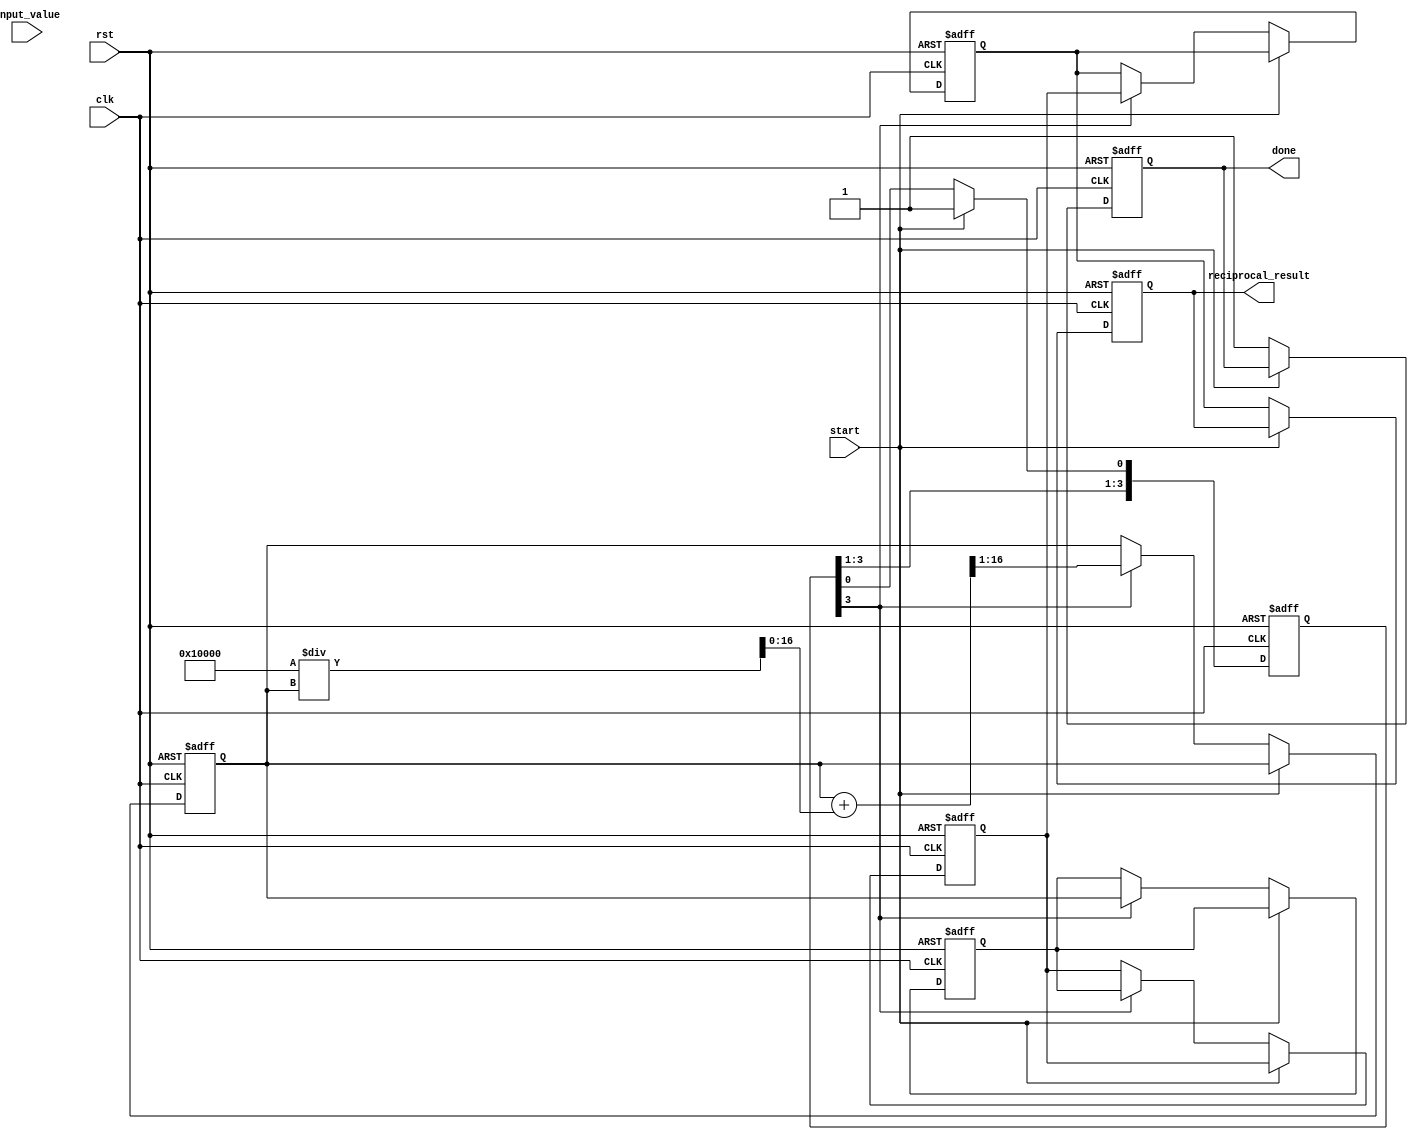
module systolic_array_reciprocal #(
    parameter N = 4, // Number of PEs in each row/column
    parameter WIDTH = 16 // Bit-width of the input and output
)(
    input wire clk,
    input wire rst,
    input wire [WIDTH-1:0] input_value,
    input wire start,
    output reg [WIDTH-1:0] reciprocal_result,
    output reg done
);

    // Processing Element (PE) definition
    reg [WIDTH-1:0] pe [0:N-1][0:N-1]; // 2D array of PEs
    reg [WIDTH-1:0] temp_result [0:N-1]; // Temporary results for each row
    reg [N-1:0] valid; // Valid signal for each PE
    integer i, j;

    // Control logic
    always @(posedge clk or posedge rst) begin
        if (rst) begin
            done <= 0;
            reciprocal_result <= 0;
            valid <= 0;
            for (i = 0; i < N; i = i + 1) begin
                for (j = 0; j < N; j = j + 1) begin
                    pe[i][j] <= 0;
                end
            end
        end else if (start) begin
            // Initialize the first PE with the input value
            pe[0][0] <= input_value;
            valid[0] <= 1; // Mark the first PE as valid
        end else begin
            // Systolic array computation
            for (i = 0; i < N; i = i + 1) begin
                for (j = 0; j < N; j = j + 1) begin
                    if (valid[i]) begin
                        // Simple iterative reciprocal calculation (Newton-Raphson)
                        if (j == 0) begin
                            // Update the first column
                            pe[i][j] <= (pe[i][j] + (1 << WIDTH) / pe[i][j]) >> 1; // x_(n+1) = (x_n + (1 / x_n)) / 2
                        end else begin
                            // Pass the result to the next PE
                            pe[i][j] <= pe[i][j-1];
                        end
                    end
                end
                // Mark the last PE in the row as valid for output
                if (i == N-1) begin
                    reciprocal_result <= pe[i][N-1]; // Get the result from the last PE
                    done <= 1; // Indicate that the calculation is done
                end
            end
        end
    end

endmodule